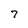
Character: 7